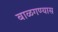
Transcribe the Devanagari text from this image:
बाळगण्यास